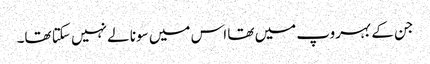
جن کے بہروپ میں تھا اس میں سونا لے نہیں سکتا تھا۔